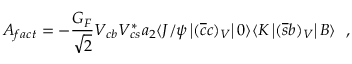
A _ { f a c t } = - { \frac { G _ { F } } { \sqrt { 2 } } } V _ { c b } V _ { c s } ^ { * } { { a _ { 2 } } } \langle J / \psi \left| ( \overline { { { c } } } c ) _ { V } \right| 0 \rangle \langle K \left| ( \overline { { { s } } } b ) _ { V } \right| { B } \rangle ~ ~ ,